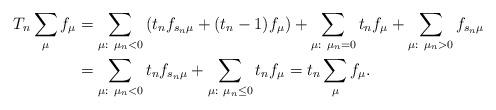
LaTeX: \begin{align*}T_n \sum_\mu f_\mu &= \sum_{\mu:\ \mu_n < 0} \left( t_n f_{s_n\mu} +(t_n-1)f_\mu \right) + \sum_{\mu:\ \mu_n = 0} t_n f_\mu + \sum_{\mu:\ \mu_n > 0} f_{s_n \mu} \\&= \sum_{\mu:\ \mu_n < 0 } t_nf_{s_n\mu} + \sum_{\mu:\ \mu_n \le 0} t_n f_\mu = t_n \sum_\mu f_\mu.\end{align*}